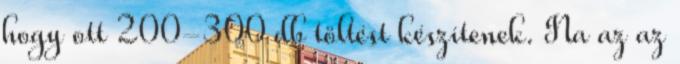
hogy ott 200-300 db töltést készítenek. Na az az